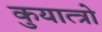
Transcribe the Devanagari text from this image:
कुयात्त्रो